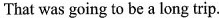
That was going to be a long trip.